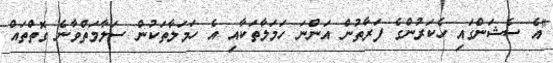
"އެ ސެޝަންގައި ހެކަރުންގެ ފަރާތުން އަންނަ ހަމަލާތަކާއި އެ ހަމަލާތަކުން ސަލާމަތްވާނެ ގޮތްތައް